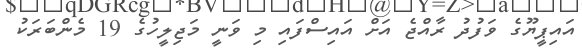
އައިޕީޔޫގެ ވަފުދު ރާއްޖެ އަށް އައިސްފައި މި ވަނީ މަޖިލީހުގެ 19 މެންބަރަކު